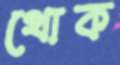
থোক